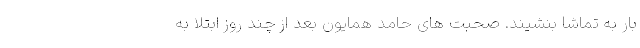
بار به تماشا بنشیند. صحبت های حامد همایون بعد از چند روز ابتلا به